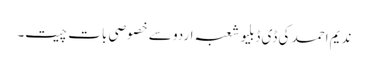
ندیم احمد کی ڈی ڈبلیو شعبہ اردو سے خصوصی بات چیت۔